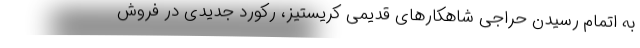
به اتمام رسیدن حراجی شاهکارهای قدیمی کریستیز، رکورد جدیدی در فروش